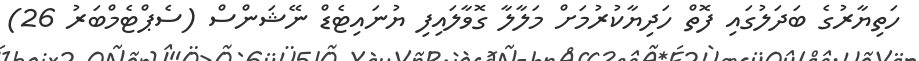
ހަތިޔާރުގެ ބަދަލުގައި ފޮތް ހަދިޔާކުރުމަށް މަލާލާ ގޮވާލައިފި ޔުނައިޓެޑް ނޭޝަންސް (ސެޕްޓެމްބަރު 26)